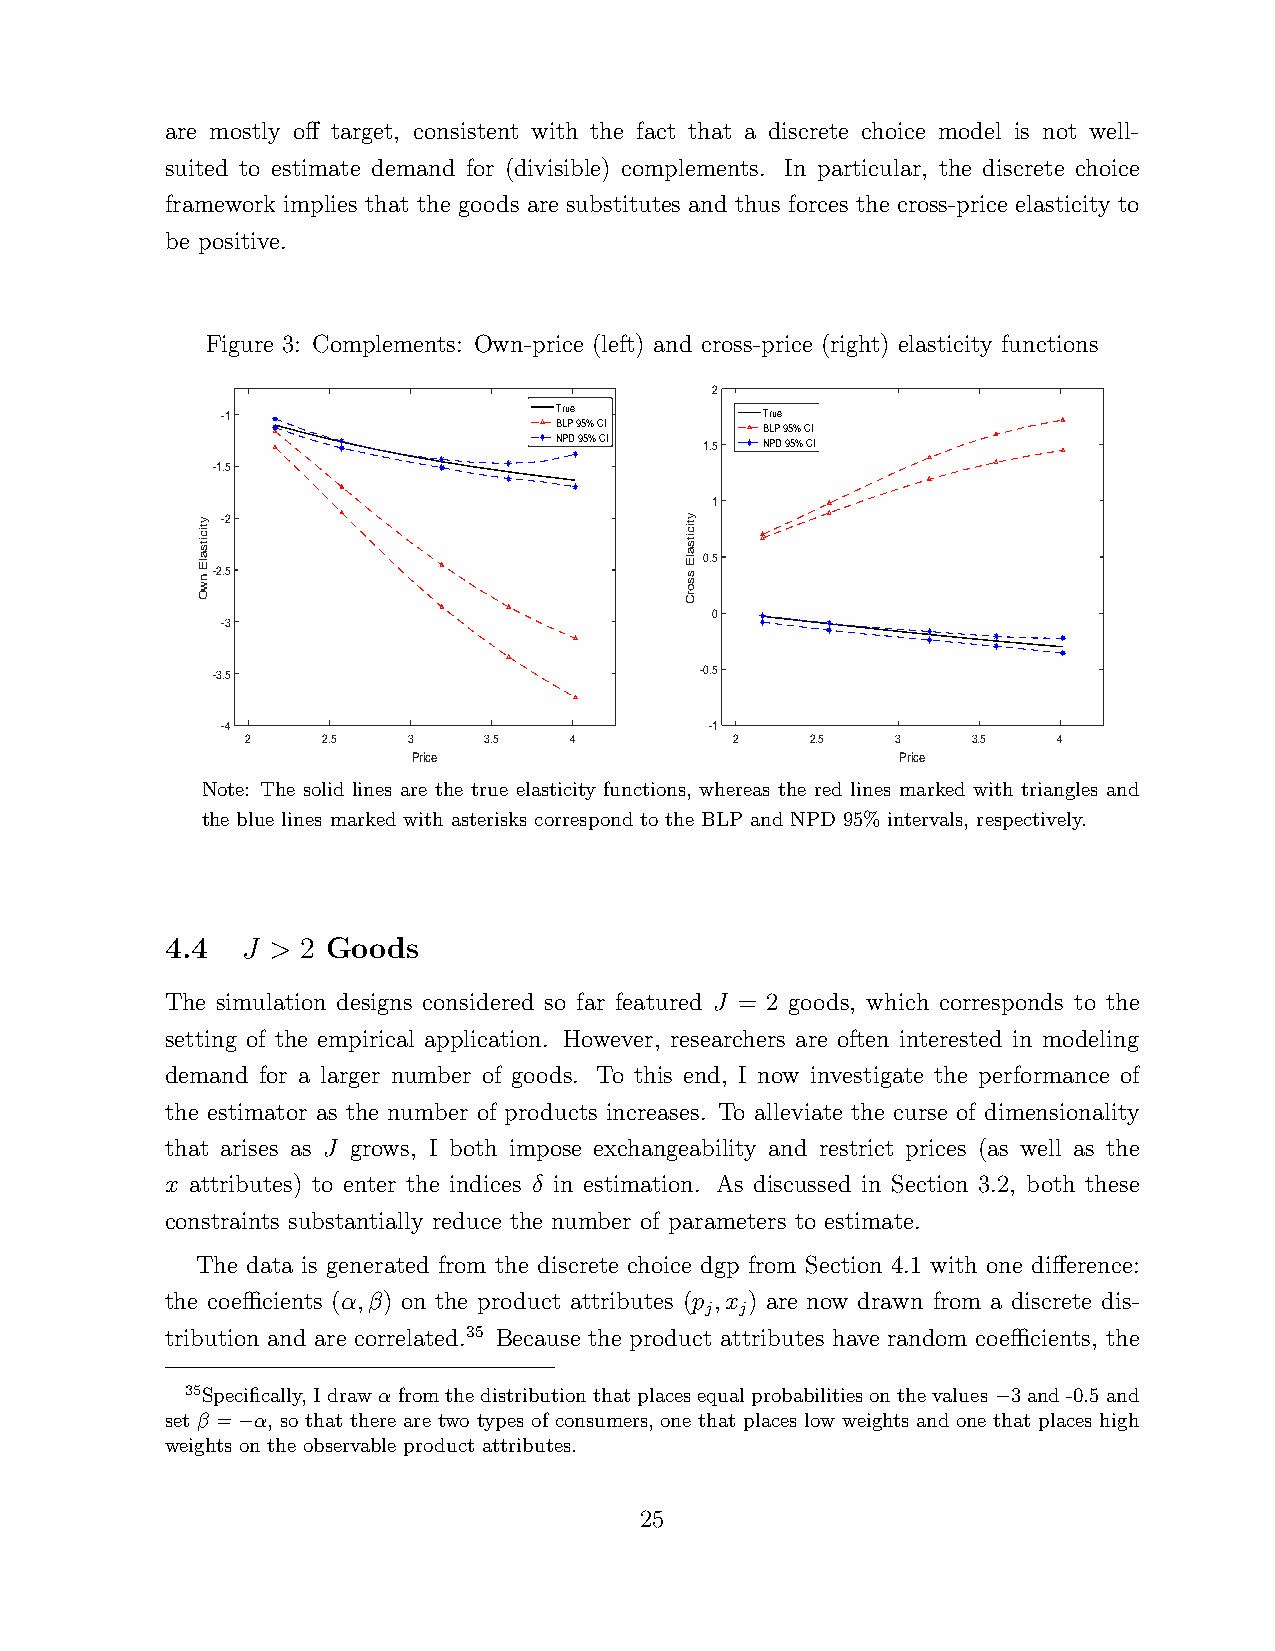
are mostly off target, consistent with the fact that a discrete choice model is not well-
 suited to estimate demand for (divisible) complements. In particular, the discrete choice
 framework implies that the goods are substitutes and thus forces the cross-price elasticity to
 be positive.
 Figure 3: Complements: Own-price (left) and cross-price (right) elasticity functions
 2
 -1                    True          True
 BLP 95% CI    BLP 95% CI
 NPD 95% CI 1.5 NPD 95% CI
 -1.5
 1
 y tic
 its
 a lE
 n
 w-2- .2
 5
 y tic
 its
 a lE
 s s
 o
 0.5
 O                               rC
 0
 -3
 -3.5                            -0.5
 -4                              -1
 2    2.5   3    3.5   4          2    2.5  3    3.5   4
 Price                            Price
 Note: The solid lines are the true elasticity functions, whereas the red lines marked with triangles and
 the blue lines marked with asterisks correspond to the BLP and NPD 95% intervals, respectively.
 4.4  J > 2 Goods
 The simulation designs considered so far featured J = 2 goods, which corresponds to the
 setting of the empirical application. However, researchers are often interested in modeling
 demand for a larger number of goods. To this end, I now investigate the performance of
 the estimator as the number of products increases. To alleviate the curse of dimensionality
 that arises as J grows, I both impose exchangeability and restrict prices (as well as the
 x attributes) to enter the indices δ in estimation. As discussed in Section 3.2, both these
 constraints substantially reduce the number of parameters to estimate.
 The data is generated from the discrete choice dgp from Section 4.1 with one difference:
 the coefficients (α,β) on the product attributes (p ,x ) are now drawn from a discrete dis-
 j j
 tribution and are correlated.35 Because the product attributes have random coefficients, the
 35Specifically, Idrawαfromthedistributionthatplacesequalprobabilitiesonthevalues−3and-0.5and
 set β =−α, so that there are two types of consumers, one that places low weights and one that places high
 weights on the observable product attributes.
 25